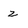
Character: z